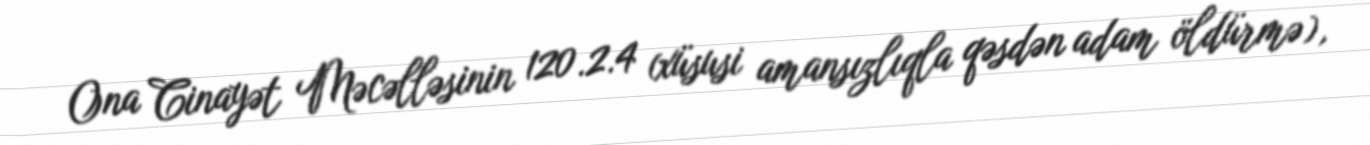
Ona Cinayət Məcəlləsinin 120.2.4 (xüsusi amansızlıqla qəsdən adam öldürmə),